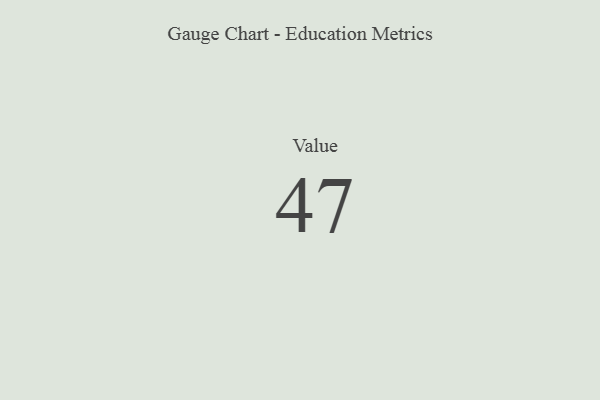
{"axis": {"x": "Metric", "y": "Value"}, "legend": [""], "data": [{"x": "Value", "y": 47, "type": ""}]}